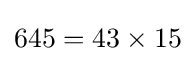
645=43\times 15